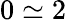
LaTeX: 0\simeq 2